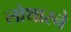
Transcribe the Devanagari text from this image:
लोथारने